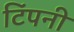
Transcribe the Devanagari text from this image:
टिंपनी